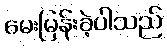
မေးမြန်းခဲ့ပါသည်